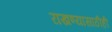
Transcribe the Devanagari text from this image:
राखण्यासाठीही